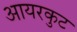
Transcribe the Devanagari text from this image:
आयरकुट